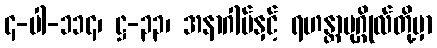
၄-ပါ-၁၁၄၊ ဋ္ဌ-၃၃၊ အနာဂါမ်နှင့် ရဟန္တာပုဂ္ဂိုလ်တို့မှာ